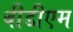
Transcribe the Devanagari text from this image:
बीडीएम